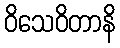
ဝိသေဝိတာနိ